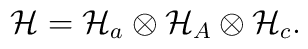
{\cal H} = {\cal H}_a \otimes {\cal H}_A \otimes {\cal H}_c.